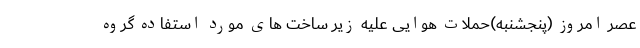
عصر امروز (پنجشنبه)حملات هوایی علیه زیر ساخت های مورد استفاده گروه